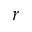
r